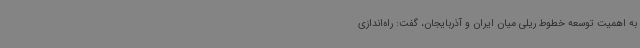
به اهمیت توسعه خطوط ریلی میان ایران و آذربایجان، گفت: راه‌اندازی